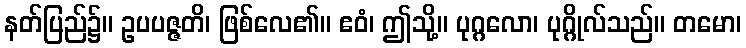
နတ်ပြည်၌။ ဥပပဇ္ဇတိ၊ ဖြစ်လေ၏။ ဧဝံ၊ ဤသို့။ ပုဂ္ဂလော၊ ပုဂ္ဂိုလ်သည်။ တမော၊